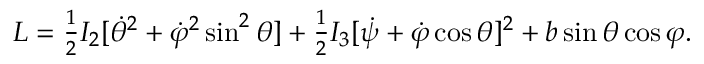
\begin{array} { r } { L = \frac 1 2 I _ { 2 } [ \dot { \theta } ^ { 2 } + \dot { \varphi } ^ { 2 } \sin ^ { 2 } \theta ] + \frac 1 2 I _ { 3 } [ \dot { \psi } + \dot { \varphi } \cos \theta ] ^ { 2 } + b \sin \theta \cos \varphi . } \end{array}